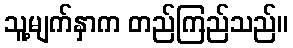
သူ့မျက်နှာက တည်ကြည်သည်။